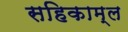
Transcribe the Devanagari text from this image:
सहिकाम्ल